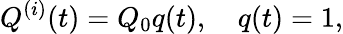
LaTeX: Q^{(i)}(t)=Q_{0}q(t),\quad q(t)=1,